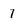
Character: 7